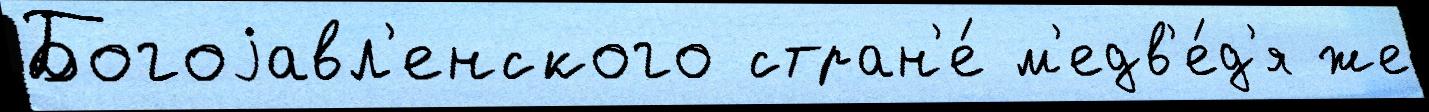
Богоjавл'енского стран'е́ м'едв'е́д'я же